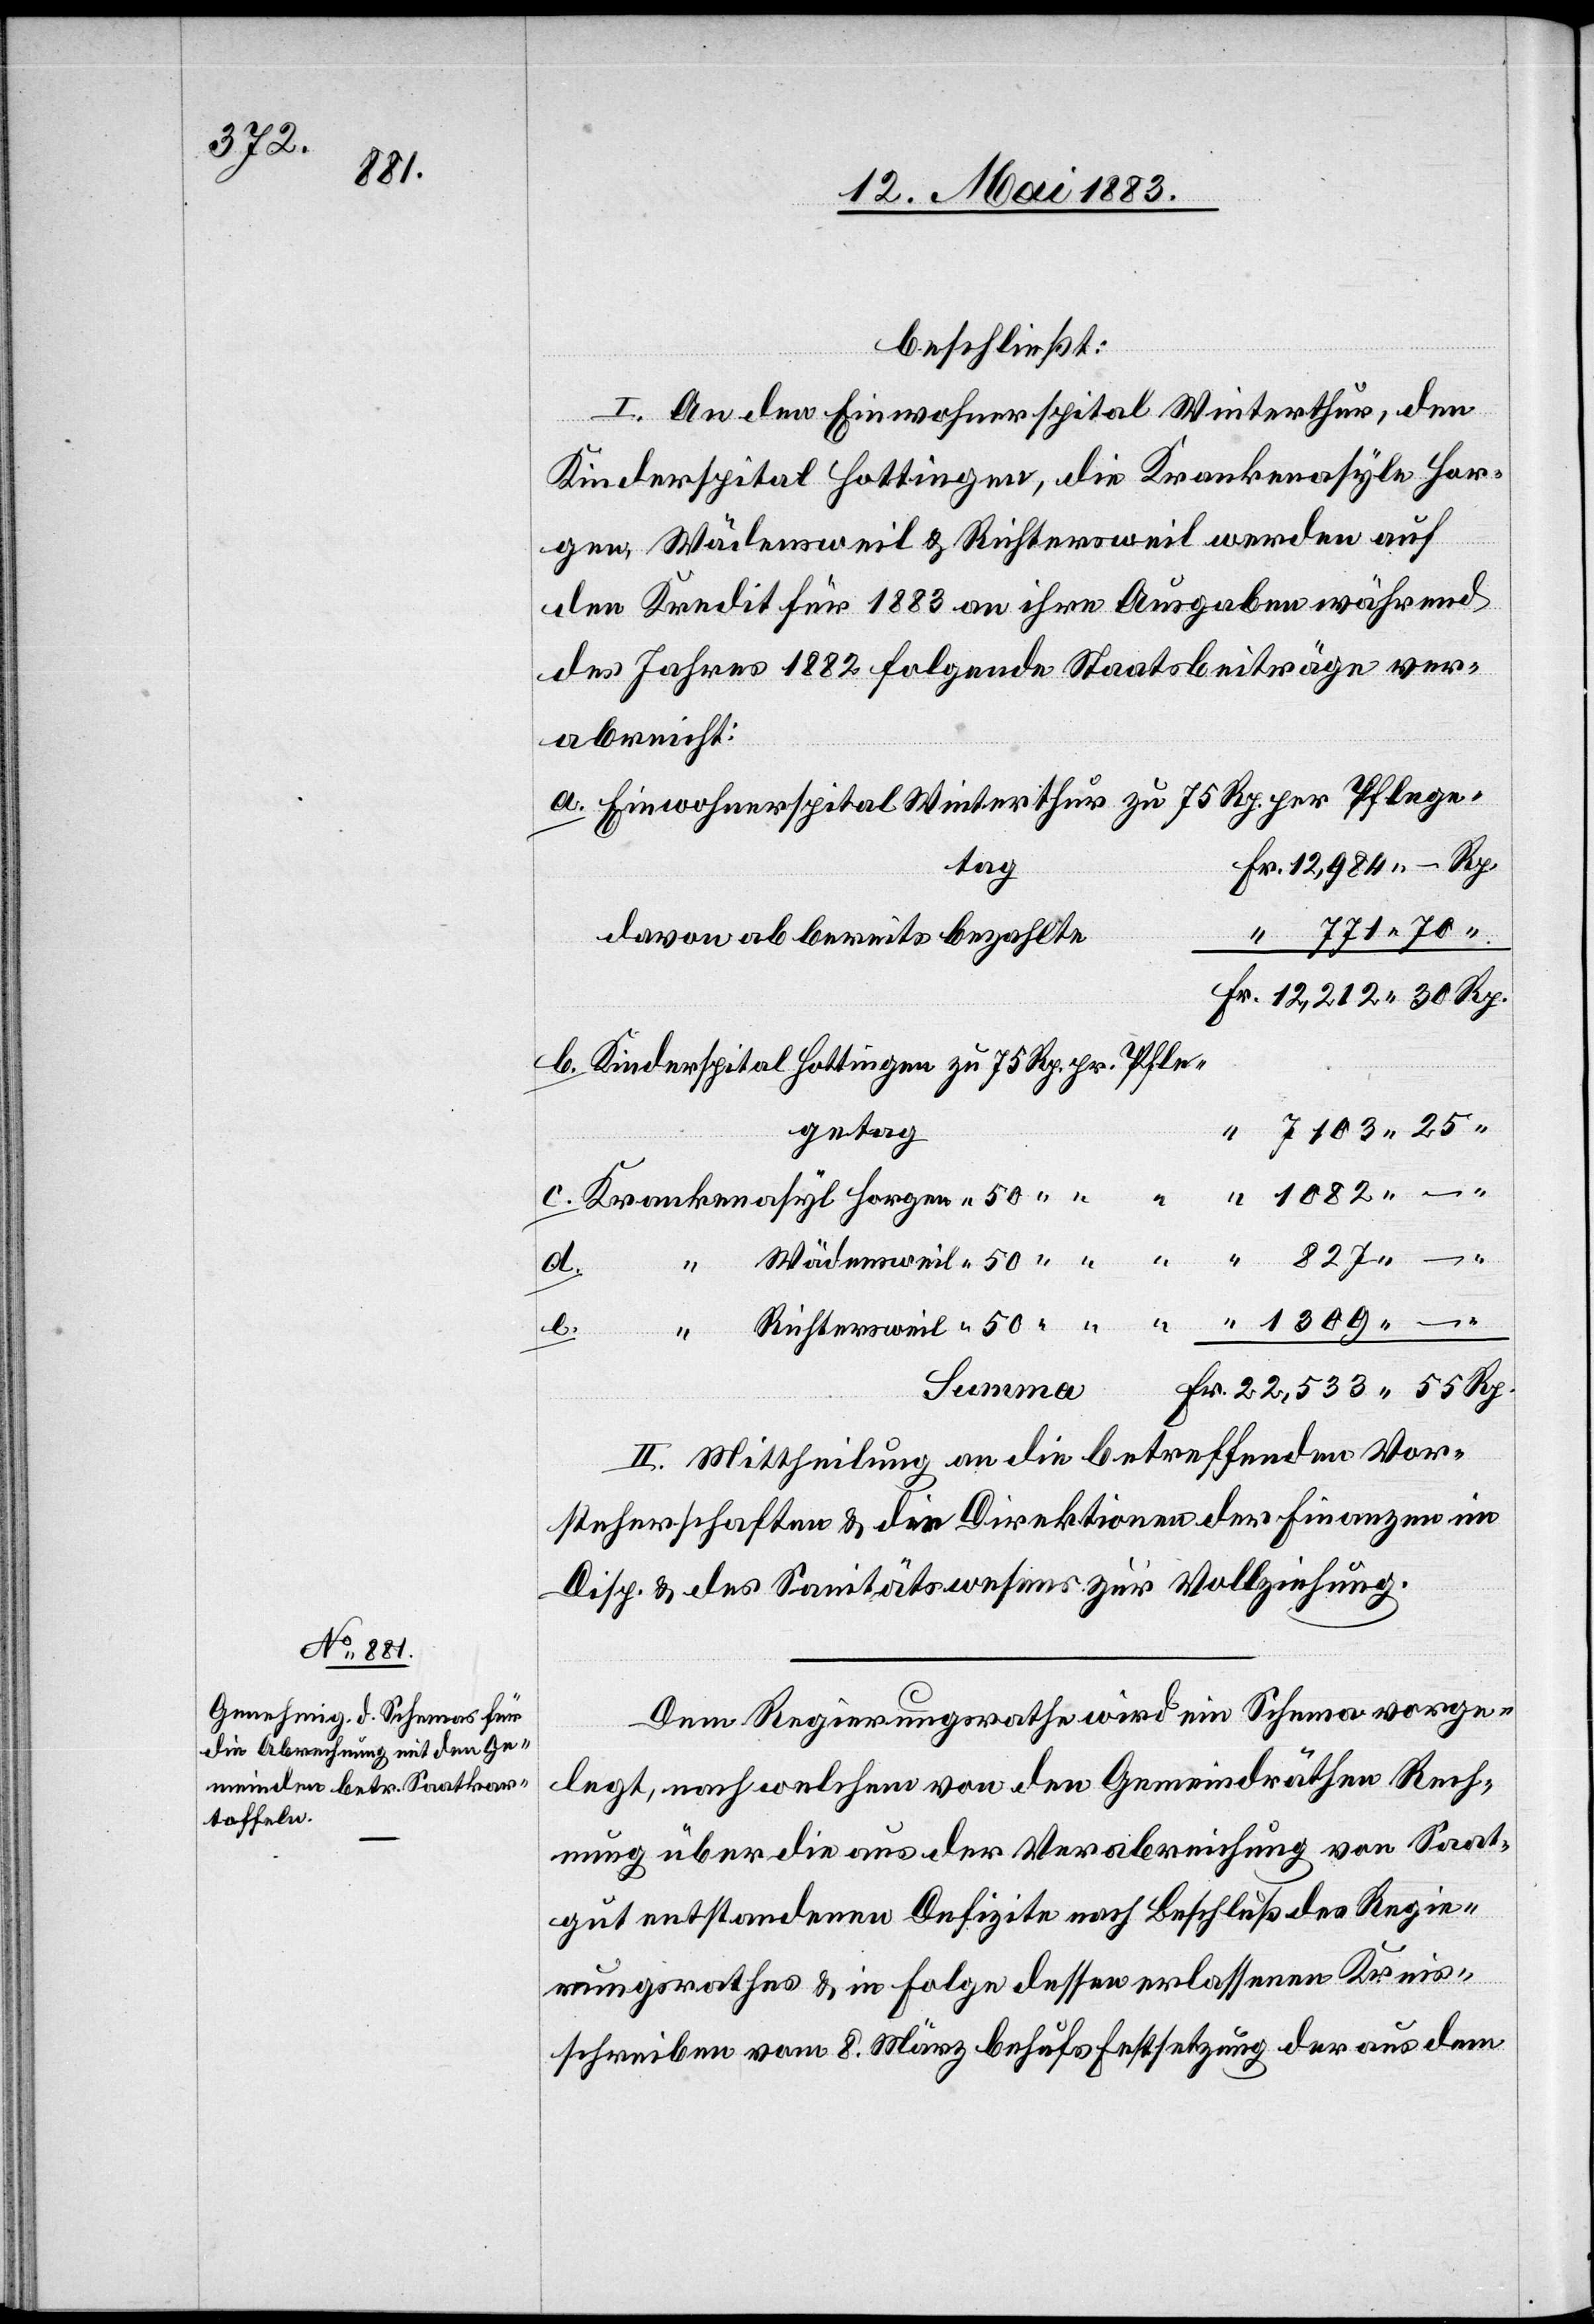
beschließt:
I. An den Einwohnerspital Winterthur, den
Kinderspital Hottingen, die Krankenasyle Hor¬
gen, Wädensweil & Richtersweil werden auf
den Kredit für 1883 an ihre Ausgaben während
des Jahres 1882 folgende Staatsbeiträge ver¬
abreicht:
Einwohnerspital Winterthur zu 75 Rp. per Pflege¬
tag
davon ab bereits bezahlte
getag
55
Rp.
b.
Richtersweil
II. Mittheilung an die betreffenden Vor¬
steherschaften & die Direktionen der Finanzen im
Disp. & des Sanitätswesens zur Vollziehung.
Dem Regierungsrathe wird ein Schema vorge¬
legt, nach welchem von den Gemeinderäthen Rech¬
nung über die aus der Verabreichung von Saat¬
gut entstandenen Defizite nach Beschluß des Regie¬
rungsrathes & in Folge dessen erlassenen Kreis¬
schreiben vom 8. März behufs Festsetzung der aus dem